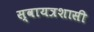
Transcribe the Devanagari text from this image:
स्वायत्रशासी